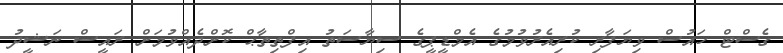
ގެސްޓް ހައުސް ވިޔަފާރި ކުރިއެރުވުމުގެ އެމްޑީޕީގެ ސިޔާސަތު އިފްތިތާޙް ކޮށްދެއްވުމަށް ރައީސް ނަޝީދު